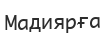
Мадиярға